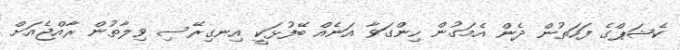
ކެޝަޕްގެ ފަހަތުން ދެން އެމަގުން ހިންގަވާ އަނެއް ބޭފުޅަކީ އިނގިރޭސި ވިލާތުން ރާއްޖެއަށް